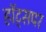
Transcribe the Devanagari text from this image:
हॉट्सपर